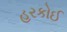
હરકોઈ